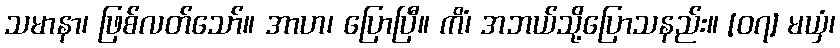
သမာနာ၊ ဖြစ်လတ်သော်။ အာဟ၊ ပြောပြီ။ ကိံ၊ အဘယ်သို့ပြောသနည်း။ [၀၇] မယှံ၊